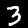
Digit: 3